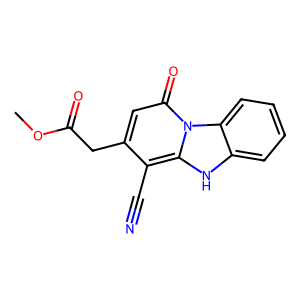
SMILES: COC(=O)Cc1cc(=O)n2c([nH]c3ccccc32)c1C#N
Inhibits HIV replication: No